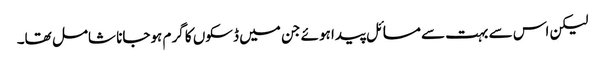
لیکن اس سے بہت سے مسائل پیدا ہوئے جن میں ڈسکوں کا گرم ہوجانا شامل تھا۔